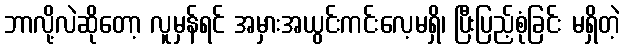
ဘာလို့လဲဆိုတော့ လူမှန်ရင် အမှားအယွင်းကင်းလေ့မရှိ၊ ပြီးပြည့်စုံခြင်း မရှိတဲ့